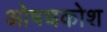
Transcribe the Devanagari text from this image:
ओषधकोश